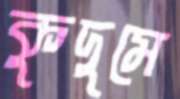
কুদুমে